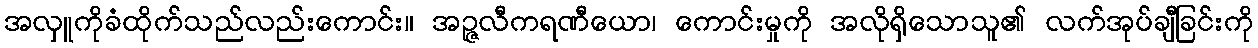
အလှူကိုခံထိုက်သည်လည်းကောင်း။ အဉ္ဇလီကရဏီယော၊ ကောင်းမှုကို အလိုရှိသောသူ၏ လက်အုပ်ချီခြင်းကို